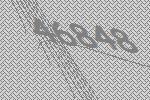
46848